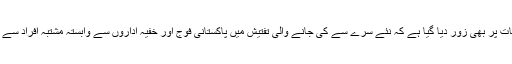
’یو این‘ رپورٹ میں اس بات پر بھی زور دیا گیا ہے کہ نئے سرے سے کی جانے والی تفتیش میں پاکستانی فوج اور خفیہ اداروں سے وابستہ مشتبہ افراد سے بھی پوچھ گچھ کی جائے۔